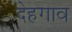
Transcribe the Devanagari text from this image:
देहगाव